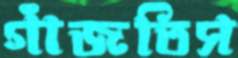
গাঁজতিস